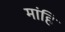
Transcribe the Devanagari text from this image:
मांहि